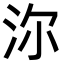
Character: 沵